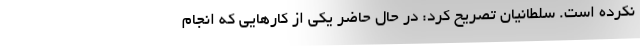
نکرده است. سلطانیان تصریح کرد: در حال حاضر یکی از کارهایی که انجام